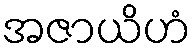
အဇာယိဟံ